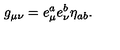
g _ { \mu \nu } = e _ { \mu } ^ { a } e _ { \nu } ^ { b } \eta _ { a b } .